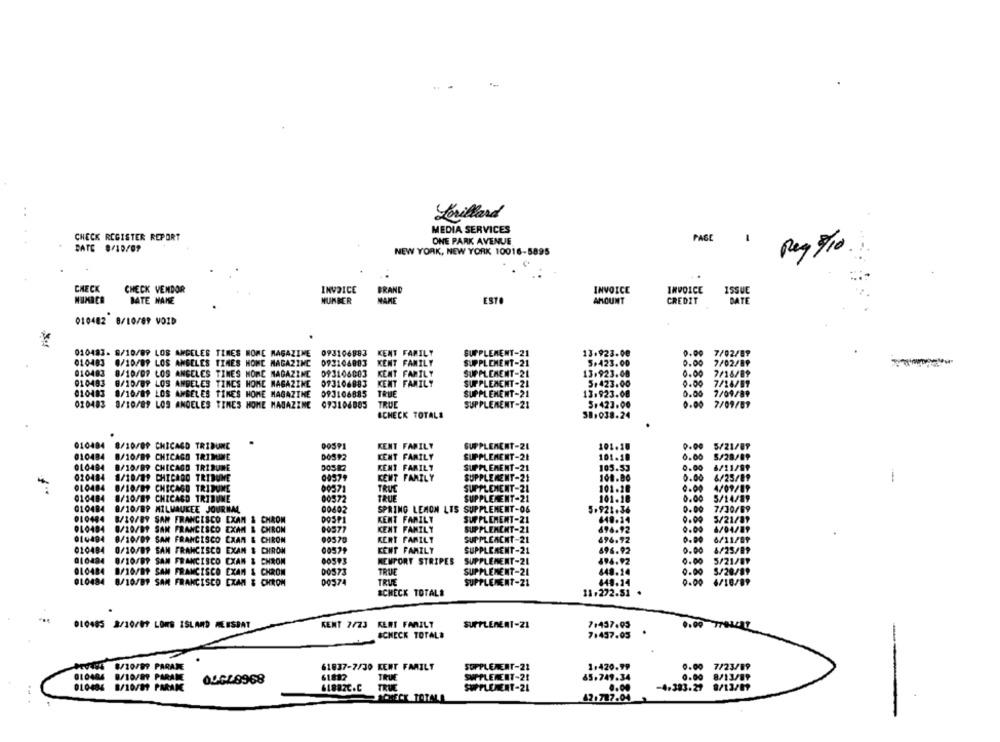
..
Lorillard
MEDIA SERVICES
CHECK REGISTER REPORT
ONE PARK AVENUE
PAGE
DATE 8/10/07
NEW YORK, NEW YORK 10016-5895
Reg /10
CHECK
CHECK VENDOR
INVOICE
INVOICE
INVOICE
ISSUC
BRAN
NUMBER
DATE NAME
NUMBER
NAME
ESTO
AMOUNT
CREDIT
BATE
010482 8/10/89 VOID
.
010483- 8/10/09 LOS ANGELES TIMES MORE MAGAZINE
093106883
KENT FAMILY
SUPPLEMENT-21
13.923.00
0.00
7/02/89
010483
0/10/09 LOS ANGELES TIMES HOME MAGAZINE
093104883
KENT FAMILY
SUPPLEMENT-21
5.423.00
0.00
7/02/89
010483
0.00
8/10/07 LOS ANGELES TIMES MORE MAGAZINE
093106003
KENT FAMILY
SUPPLEMENT-21
13.923.08
7/16/89
010493
8/10/89 LOS ANGELES TIMES HOME MAGAZINE
093106883
KENT FAMILY
SUPPLEMENT-21
5.423.00
0.00
7/14/09
010483
8/10/89 LOS ANGELES TIMES HOME MAGAZINE
093106885
TRUE
SUPPLEMENT-21
13.923.08
5.00
7/09/89
020483
8/10/89 LOS ANGELES TIMES HOME MAGAZINE
093104885
TRUE
SUPPLEMENT-21
5.423.00
0.00
7/09/09
SCHECK TOTALS
38.038.24
010484 8/10/09 CHICAGO TRIBUNE
00SPI
KENT FAMILY
SUPPLEACHT-21
101.18
0.00
5/21/89
010484
8/10/89 CHICAGO TRIMINE
DOS92
KENT FAMILY
SUPPLEMENT-21
101.10
0.00
S/28/89
010484
8/10/09 CHICAGO TRIBUNE
KENT FAMILY
SUPPLEMENT-21
105.53
0.00
6/11/89
020484
8/10/89 CHICAGO TRIBUNE
00579
KENT FAMILY
SUPPLEMENT-21
100.80
0.00
6/25/89
010484
8/10/89 CHICAGO TRIBUNE
00371
TRUC
SUPPLEMENT-21
101.28
0.00
4/09/89
010484
00572
TRUE
SUPPLEMENT-21
0.00
5/14/89
8/10/89 CHICAGO TRIBUNE
101.18
010484
8/10/89 MILWAUKEE JOURNAL
00602
SPRING LEMON LTS SUPPLEMENT-06
5.921.36
0.00
7/30/69
010484
8/10/89 SAN FRANCISCO EXAM & CHROM
DOSPI
KENT FAMILY
SUPPLEMENT-21
640.14
0,00
5/21/81
010494
8/20/89 SAN FRANCESCO EXAM
CHRON
00577
KENT FAMILY
SUPPLEMENT-21
696.92
0.00
6/04/89
014494
8/10/09 SAN FRANCISCO
CXAM & CHROM
00570
KENT FAMILY
SUPPLEACHT-21
496.92
6/11/89
010484
0/10/89 SAN FRANCISCO
EXAM
CHROM
00579
KENT FAMILY
SUPPLEMENT-21
696.92
0.00
6/25/89
010494
0/10/09 SAN FRANCISCO
EXAM & CHROM
00593
MEMPORT STRIPES
SUPPLEMENT-21
494.92
0.00
5/21/87
OLO484
8/10/89 SAN FRANCISCO
EXAM & CHROM
00573
TRUE
SUPPLEMENT-21
848.14
0.00
5/28/89
010484
8/10/89 SAN FRANCISCO EXAM & CHROM
00374
TRUE
SUPPLEMENT-21
449.14
0.00
4/18/89
&CHECK TOTAL#
11.272.51
KENT 7/23 KERT FAMILY
SUPPLEMENT-21
7.437.05
010485 3/10/09 LORS ISLAND MEESBAT
SCHECK TOTALE
7.457.05
-
49495 8/20/99 PARAME
61837-7/30 KENT FAMILY
SUPPLEMENT-22
1.420.99
0.00 7/23/89
010404 8/10/89 PARAME
61832
TRUE
65.749.34
04GL8968
SUPPLEMENT-21
0.00 8/13/89
-
010486 8/10/89 PARAM
61882C.C
TRUE
SUPPLEMENT-21
0.00
-4-383.27 8/13/07
42.787.04